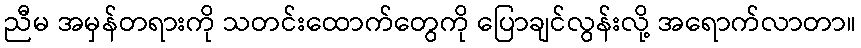
ညီမ အမှန်တရားကို သတင်းထောက်တွေကို ပြောချင်လွန်းလို့ အရောက်လာတာ။